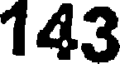
143